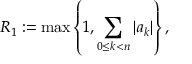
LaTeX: R _ { 1 } : = \operatorname* { m a x } \left\{ 1 , \sum _ { 0 \leq k < n } | a _ { k } | \right\} ,